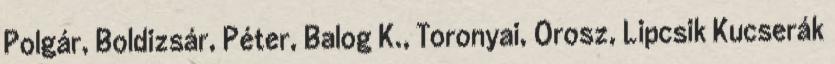
Polgár, Boldizsár, Péter, Balog K., Toronyai, Orosz, Lipcsik Kucserák